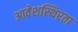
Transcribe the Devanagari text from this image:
आवेशस्थिरता